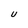
Character: u